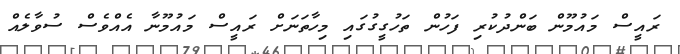
ރައީސް މައުމޫން ބަންދުކުރި ފަހުން ތަހުގީގުގައި މިހާތަނަށް ރައީސް މައުމޫނާ އެއްވެސް ސުވާލެއް